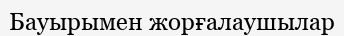
Бауырымен жорғалаушылар